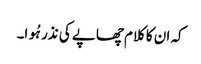
کہ ان کا کلام چھاپے کی نذر ہُوا۔